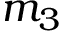
m _ { 3 }